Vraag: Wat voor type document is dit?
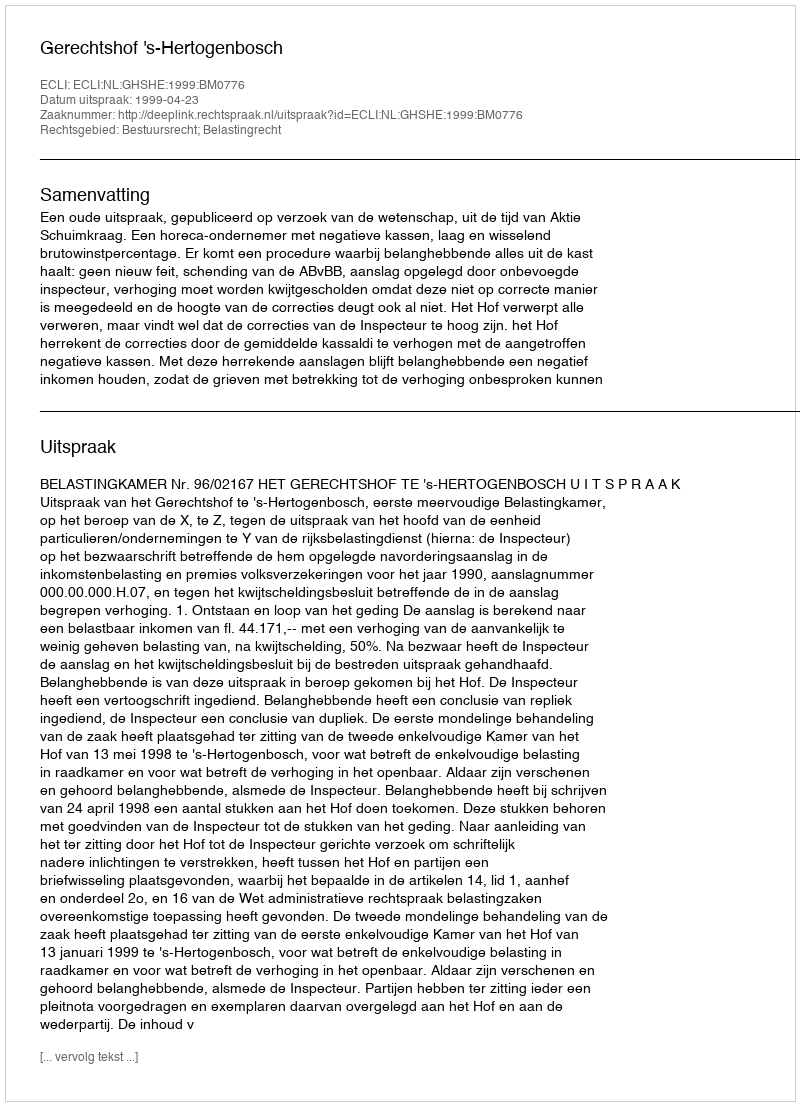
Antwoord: Uitspraak